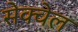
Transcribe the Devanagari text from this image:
सेक्वेल